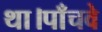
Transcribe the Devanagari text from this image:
था।पाँचवे